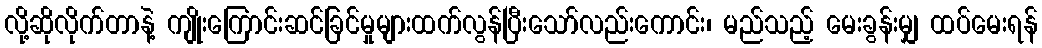
လို့ဆိုလိုက်တာနဲ့ ကျိုးကြောင်းဆင်ခြင်မှုများထက်လွန်ပြီးသော်လည်းကောင်း၊ မည်သည့် မေးခွန်းမျှ ထပ်မေးရန်